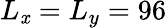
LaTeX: L_{\mathit{x}}=L_{y}=96